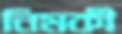
নিমকী